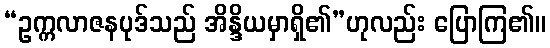
“ဥက္ကလာဇနပုဒ်သည် အိန္ဒိယမှာရှိ၏”ဟုလည်း ပြောကြ၏။